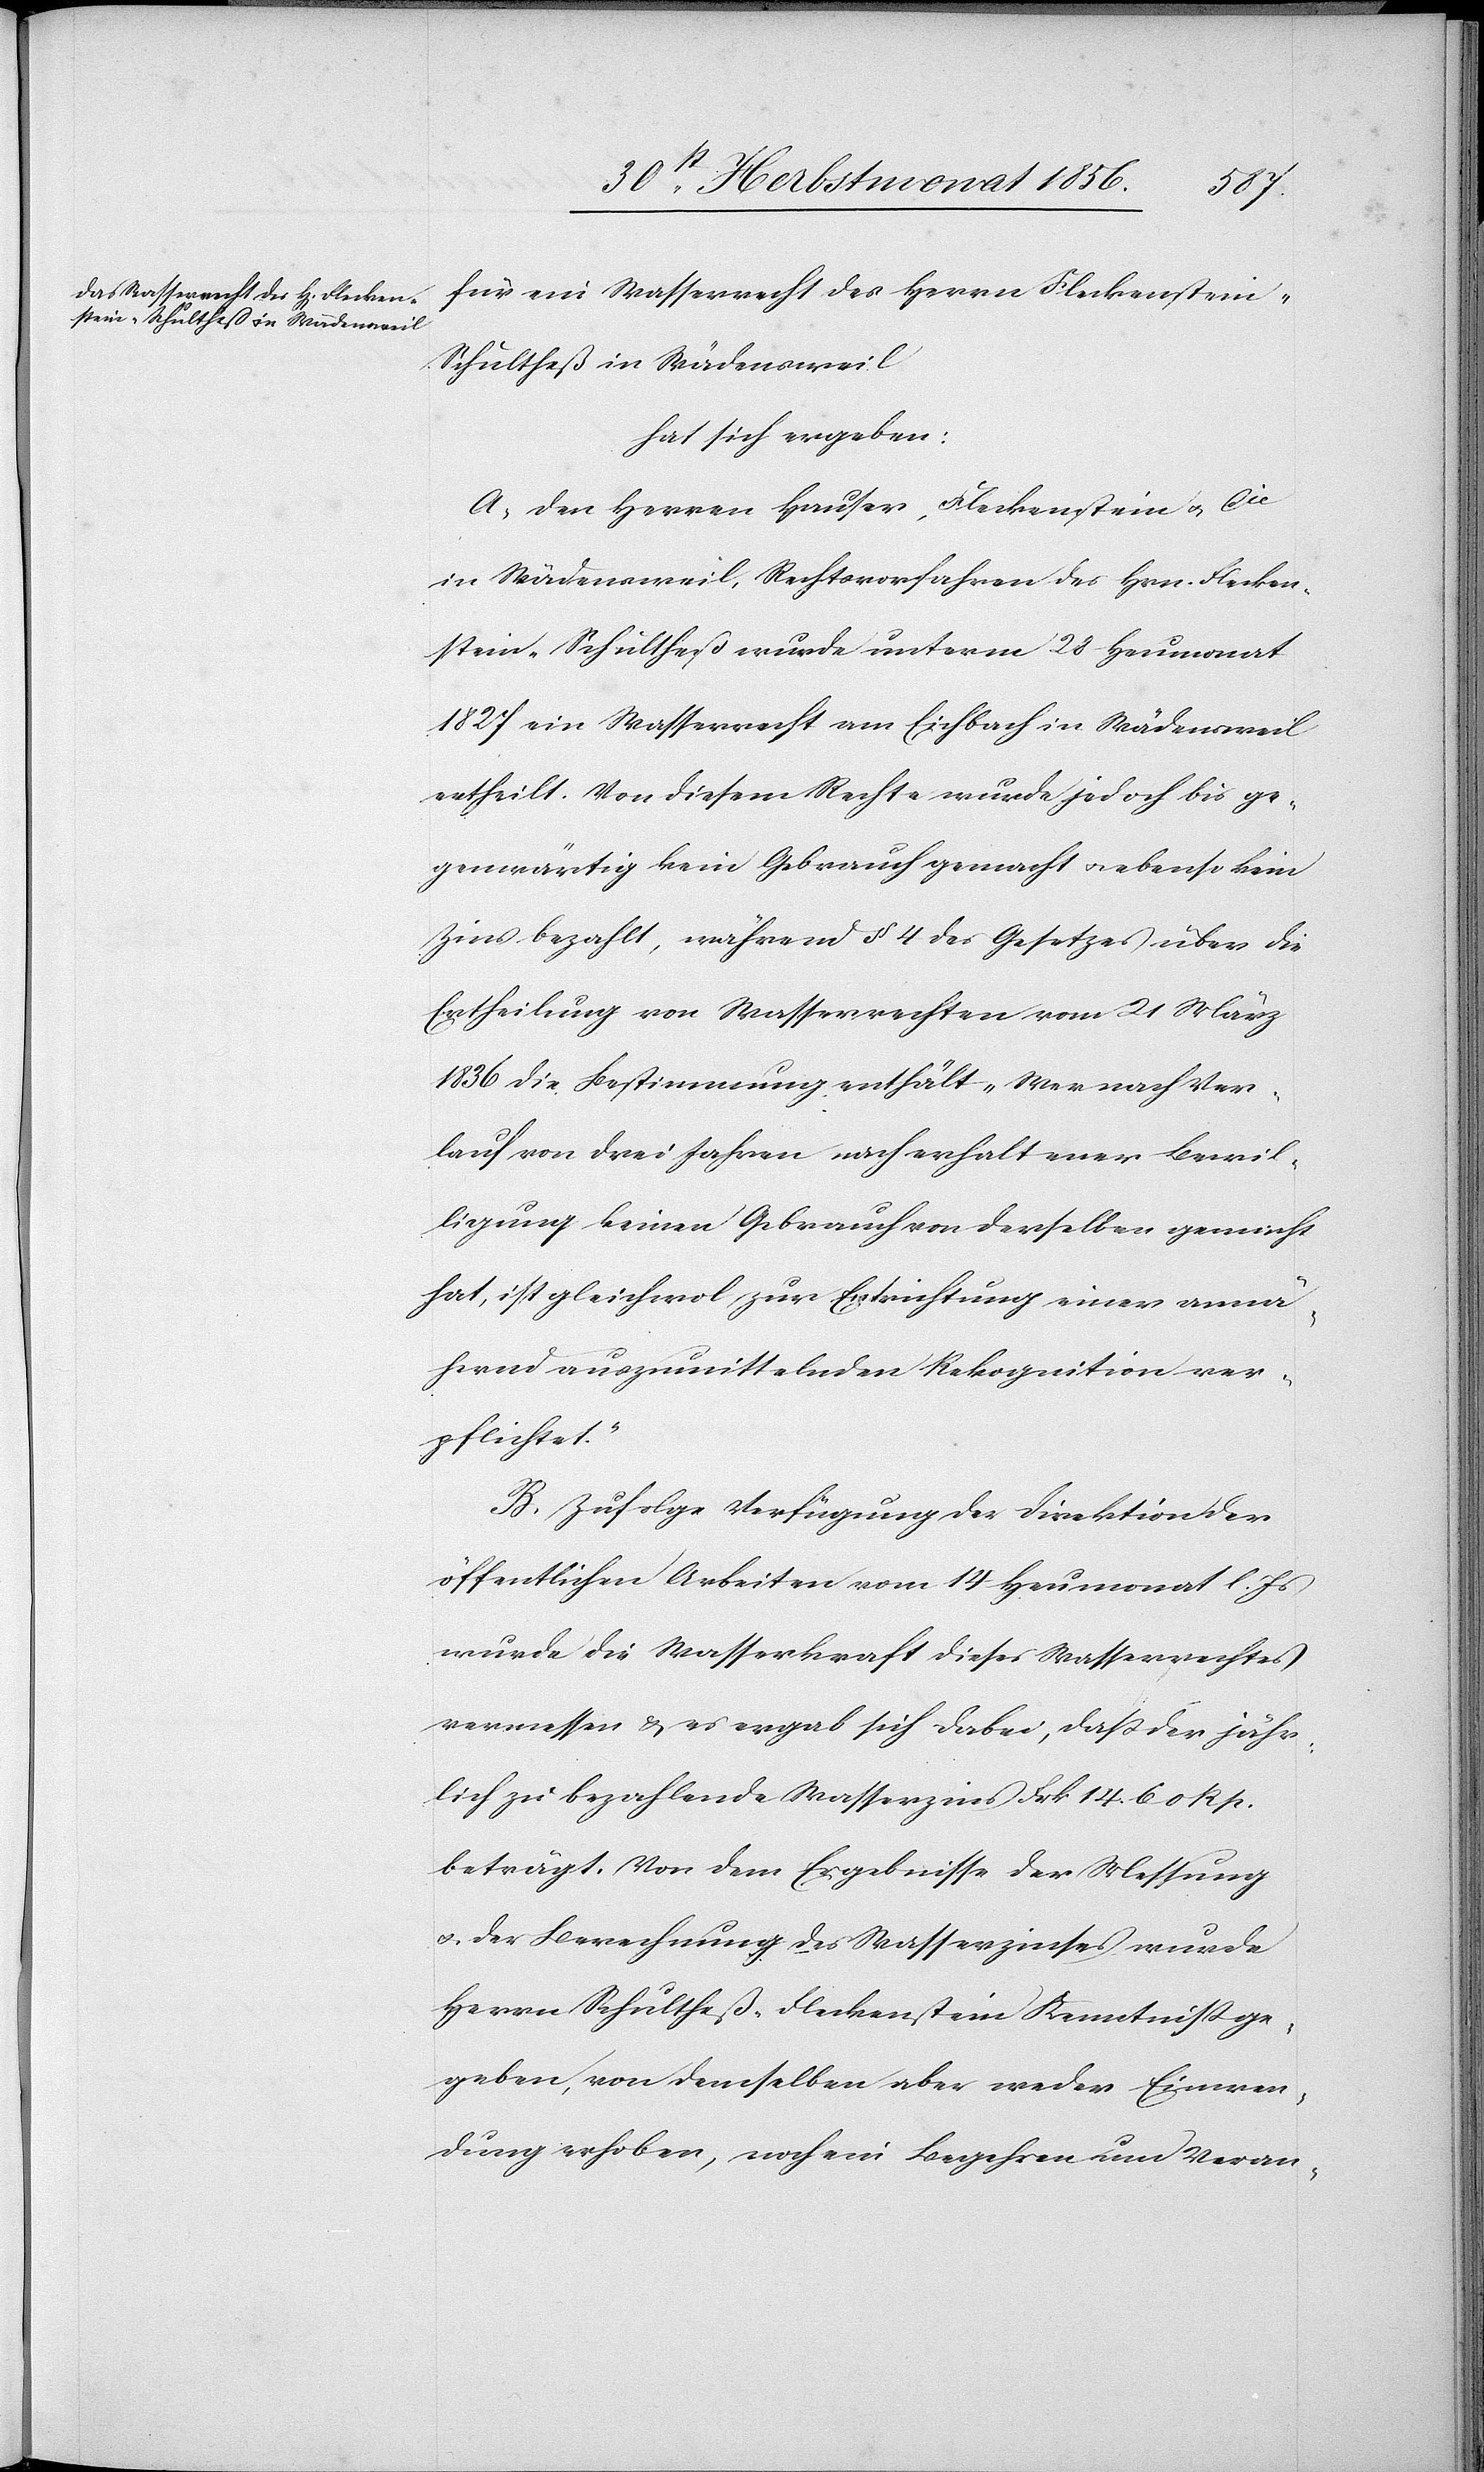
für ein Wasserrecht des Herrn Fleckenstein-S¬
chultheß in Wädensweil
hat sich ergeben:
A.) Den Herren Hauser, Fleckenstein u. Cie
in Wädensweil, Rechtsvorfahren des Hrn. Flecken¬
stein-Schultheß wurde unterm 28 Heumonat
1827 ein Wasserrecht am Eichbach in Wädensweil
ertheilt. Von diesem Rechte wurde jedoch bis ge¬
genwärtig kein Gebrauch gemacht u. ebenso kein
Zins bezahlt, während § 4 des Gesetzes über die
Ertheilung von Wasserrechten vom 21 März
1836 die Bestimmung enthält „Wer nach Ver¬
lauf von drei Jahren nach erhaltener Bewil¬
ligung keinen Gebrauch von derselben gemacht
hat, ist gleichwol zur Entrichtung einer annä¬
hernd auszumittelnden Rekognition ver¬
pflichtet.”
B.) Zufolge Verfügung der Direktion der
öffentlichen Arbeiten vom 14 Heumonat l. Js
wurde die Wasserkraft dieses Wasserrechtes
vermessen & es ergab sich dabei, dass der jähr¬
lich zu bezahlende Wasserzins Frk. 14. 60 Rp.
beträgt. Von dem Ergebnisse der Messung
u. der Berechnung des Wasserzinses wurde
Herrn Schultheß-Fleckenstein Kenntniss ge¬
geben, von demselben aber weder Einwen¬
dung erhoben, noch ein Begehren und Veran-